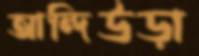
আন্দিউড়া